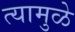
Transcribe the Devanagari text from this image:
त्यामुळे